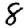
Digit: 8